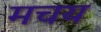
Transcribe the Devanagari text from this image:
मचय